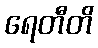
ရေတီတိ